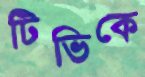
টিভিকে